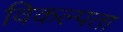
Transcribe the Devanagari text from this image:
विकल्पता